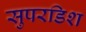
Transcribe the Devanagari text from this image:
सुपरडिश